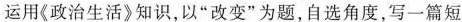
运用《政治生活》知识，以”改变”为题，自选角度，写一篇短